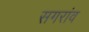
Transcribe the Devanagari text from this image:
सगरांव